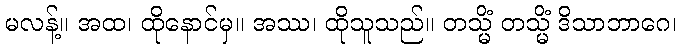
မလန့်။ အထ၊ ထိုနောင်မှ။ အဿ၊ ထိုသူသည်။ တသ္မိံ တသ္မိံ ဒိသာဘာဂေ၊